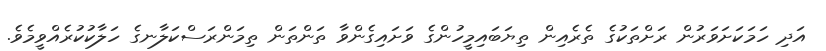
އަދި ހަމަކަށަވަރުން ރަށްތަކުގެ ތެރެއިން ތިޔަބައިމީހުންގެ ވަށައިގެންވާ ތަންތަން ތިމަންރަސްކަލާނގެ ހަލާކުކުރެއްވީމެވެ.